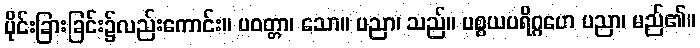
ပိုင်းခြားခြင်း၌လည်းကောင်း။ ပဝတ္တာ၊ သော။ ပညာ၊ သည်။ ပစ္စယပရိဂ္ဂဟေ ပညာ၊ မည်၏။